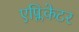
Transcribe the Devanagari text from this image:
एप्लिकेटर